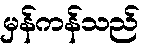
မှန်ကန်သည်